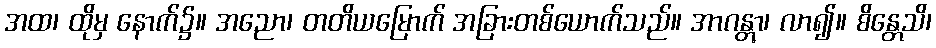
အထ၊ ထိုမှ နောက်၌။ အညော၊ တတိယမြောက် အခြားတစ်ယောက်သည်။ အာဂန္တွာ၊ လာ၍။ စိန္တေသိ၊